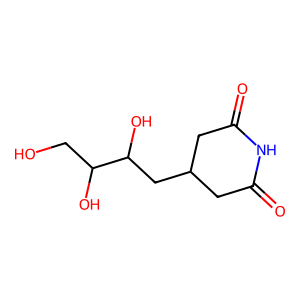
SMILES: O=C1CC(CC(O)C(O)CO)CC(=O)N1
Inhibits HIV replication: No